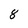
Character: 8